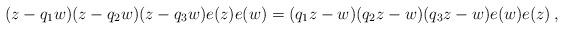
LaTeX: \begin{align*} (z-q_1w)(z-q_2w)(z-q_3w)e(z)e(w)=(q_1z-w)(q_2z-w)(q_3z-w)e(w)e(z) \,,\end{align*}